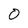
Character: O